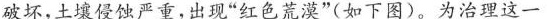
破坏，土壤侵蚀严重，出现”红色荒漠”(如下图)。为治理这一